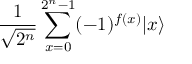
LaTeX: { \frac { 1 } { \sqrt { 2 ^ { n } } } } \sum _ { x = 0 } ^ { 2 ^ { n } - 1 } ( - 1 ) ^ { f ( x ) } | x \rangle